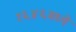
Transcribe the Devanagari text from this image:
१६४६मध्ये